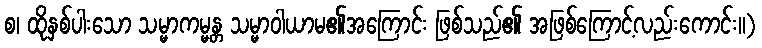
စ၊ ထိုနှစ်ပါးသော သမ္မာကမ္မန္တ သမ္မာဝါယာမ၏အကြောင်း ဖြစ်သည်၏ အဖြစ်ကြောင့်လည်းကောင်း။)